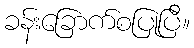
ခန်းခြောက်စပြုပြီ။